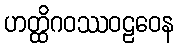
ဟတ္ထိဂဝဿဝဠဝေန